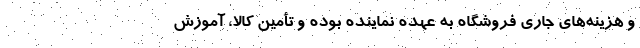
و هزینه‌های جاری فروشگاه به عهده نماینده بوده و تأمین کالا، آموزش